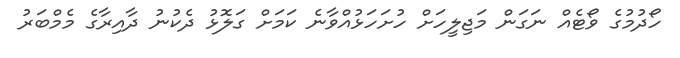
ހޯދުމުގެ ވޯޓެއް ނަގަން މަޖިލީހަށް ހުށަހަޅުއްވާނެ ކަމަށް ގަލޮޅު ދެކުނު ދާއިރާގެ މެމްބަރު